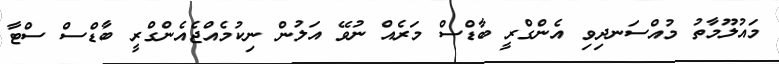
މައުލޫމާތު މުއްސަނދިވި އެންގްރީ ބާޑްސް މަރެއް ނުވޭ އަލުން ނިކުމެއްޖެއެންގްރީ ބާޑްސް ސްޓާ